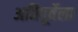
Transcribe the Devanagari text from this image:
अतिपूर्वेला